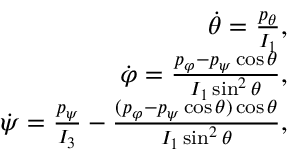
\begin{array} { r } { \dot { \theta } = \frac { p _ { \theta } } { I _ { 1 } } , } \\ { \dot { \varphi } = \frac { p _ { \varphi } - p _ { \psi } \cos \theta } { I _ { 1 } \sin ^ { 2 } \theta } , } \\ { \dot { \psi } = \frac { p _ { \psi } } { I _ { 3 } } - \frac { ( p _ { \varphi } - p _ { \psi } \cos \theta ) \cos \theta } { I _ { 1 } \sin ^ { 2 } \theta } , } \end{array}